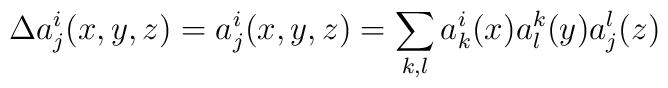
\Delta a_j^i(x,y,z)=a_j^i(x,y,z)=\sum_{k,l}a_k^i(x)a_l^k(y)a_j^l(z)